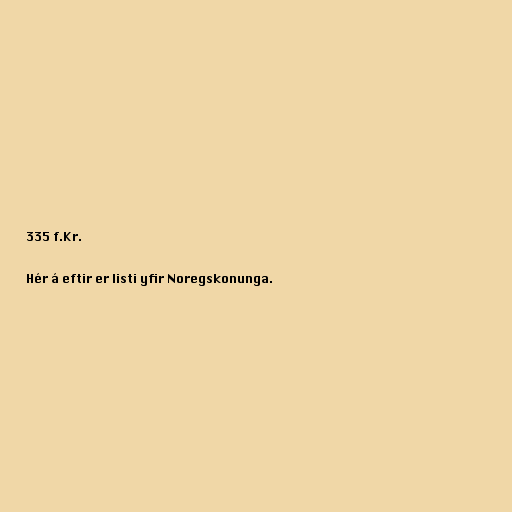
335 f.Kr.

Hér á eftir er listi yfir Noregskonunga.